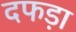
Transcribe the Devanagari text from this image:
दफड़ा